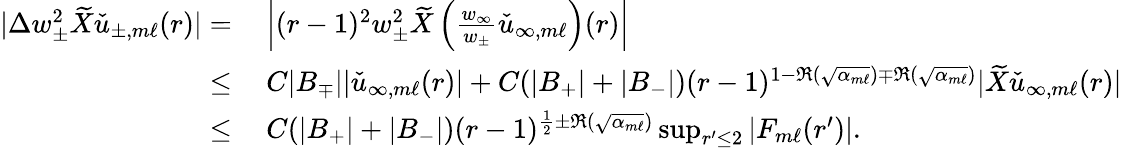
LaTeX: \begin{array}{rl}{|\Delta w_{\pm}^{2}\widetilde{X}\check{u}_{\pm,m\ell}(r)|=}&{\: \left|(r-1)^{2}w_{\pm}^{2}\widetilde{X}\left(\frac{w_{\infty}}{w_{\pm}}\check{u}_{\infty,m\ell}\right)(r)\right|}\\ {\leq}&{\: C|B_{\mp}||\check{u}_{\infty,m\ell}(r)|+C(|B_{+}|+|B_{-}|)(r-1)^{1-\Re(\sqrt{\alpha_{m\ell}})\mp\Re(\sqrt{\alpha_{m\ell}})}|\widetilde{X}\check{u}_{\infty,m\ell}(r)|}\\ {\leq}&{\: C(|B_{+}|+|B_{-}|)(r-1)^{\frac{1}{2}\pm\Re(\sqrt{\alpha_{m\ell}})}\operatorname*{sup}_{r^{\prime}\leq 2}|F_{m\ell}(r^{\prime})|.}\end{array}